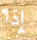
إذا